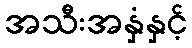
အသီးအနှံနှင့်